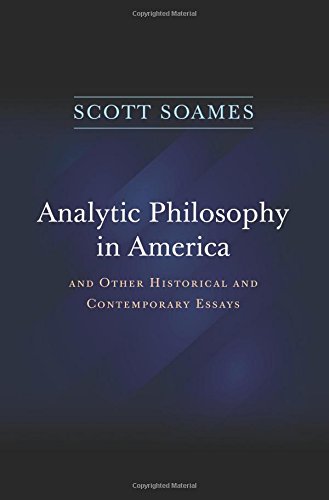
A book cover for Analytic Philosophy in America: And Other Historical and Contemporary Essays; Scott Soames; Politics & Social Sciences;